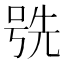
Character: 𫪕